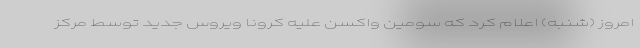
امروز (شنبه) اعلام کرد که سومین واکسن علیه کرونا ویروس جدید توسط مرکز